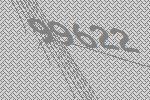
99622